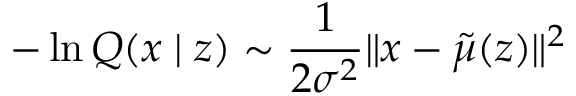
- \ln Q ( x \mid z ) \sim \frac { 1 } { 2 { \sigma } ^ { 2 } } \| x - { \tilde { \mu } } ( z ) \| ^ { 2 }